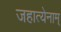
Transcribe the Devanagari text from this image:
जहात्येनाम्‌